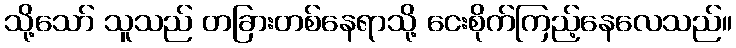
သို့သော် သူသည် တခြားတစ်နေရာသို့ ငေးစိုက်ကြည့်နေလေသည်။